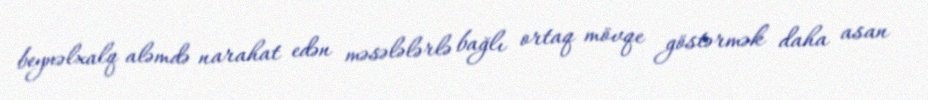
beynəlxalq aləmdə narahat edən məsələlərlə bağlı ortaq mövqe göstərmək daha asan